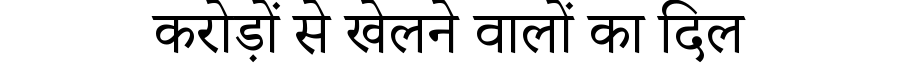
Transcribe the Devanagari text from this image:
करोड़ों से खेलने वालों का दिल